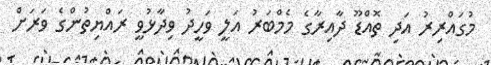
މުގައްރިރު އަދި ތޮއްޑޫ ދާއިރާގެ މެމްބަރު އަލީ ވަހީދު ވިދާޅުވީ ރައްޔިތުންގެ ވަރަށް